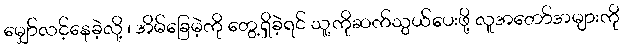
မျှော်လင့်နေခဲ့လို့ ၊ အိမ်ခြေမဲ့ကို တွေ့ရှိခဲ့ရင် သူ့ကိုဆက်သွယ်ပေးဖို့ လူအတော်အများကို